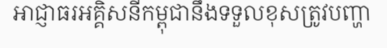
អាជ្ញាធរអគ្គិសនីកម្ពុជានឹងទទួលខុសត្រូវបញ្ហា